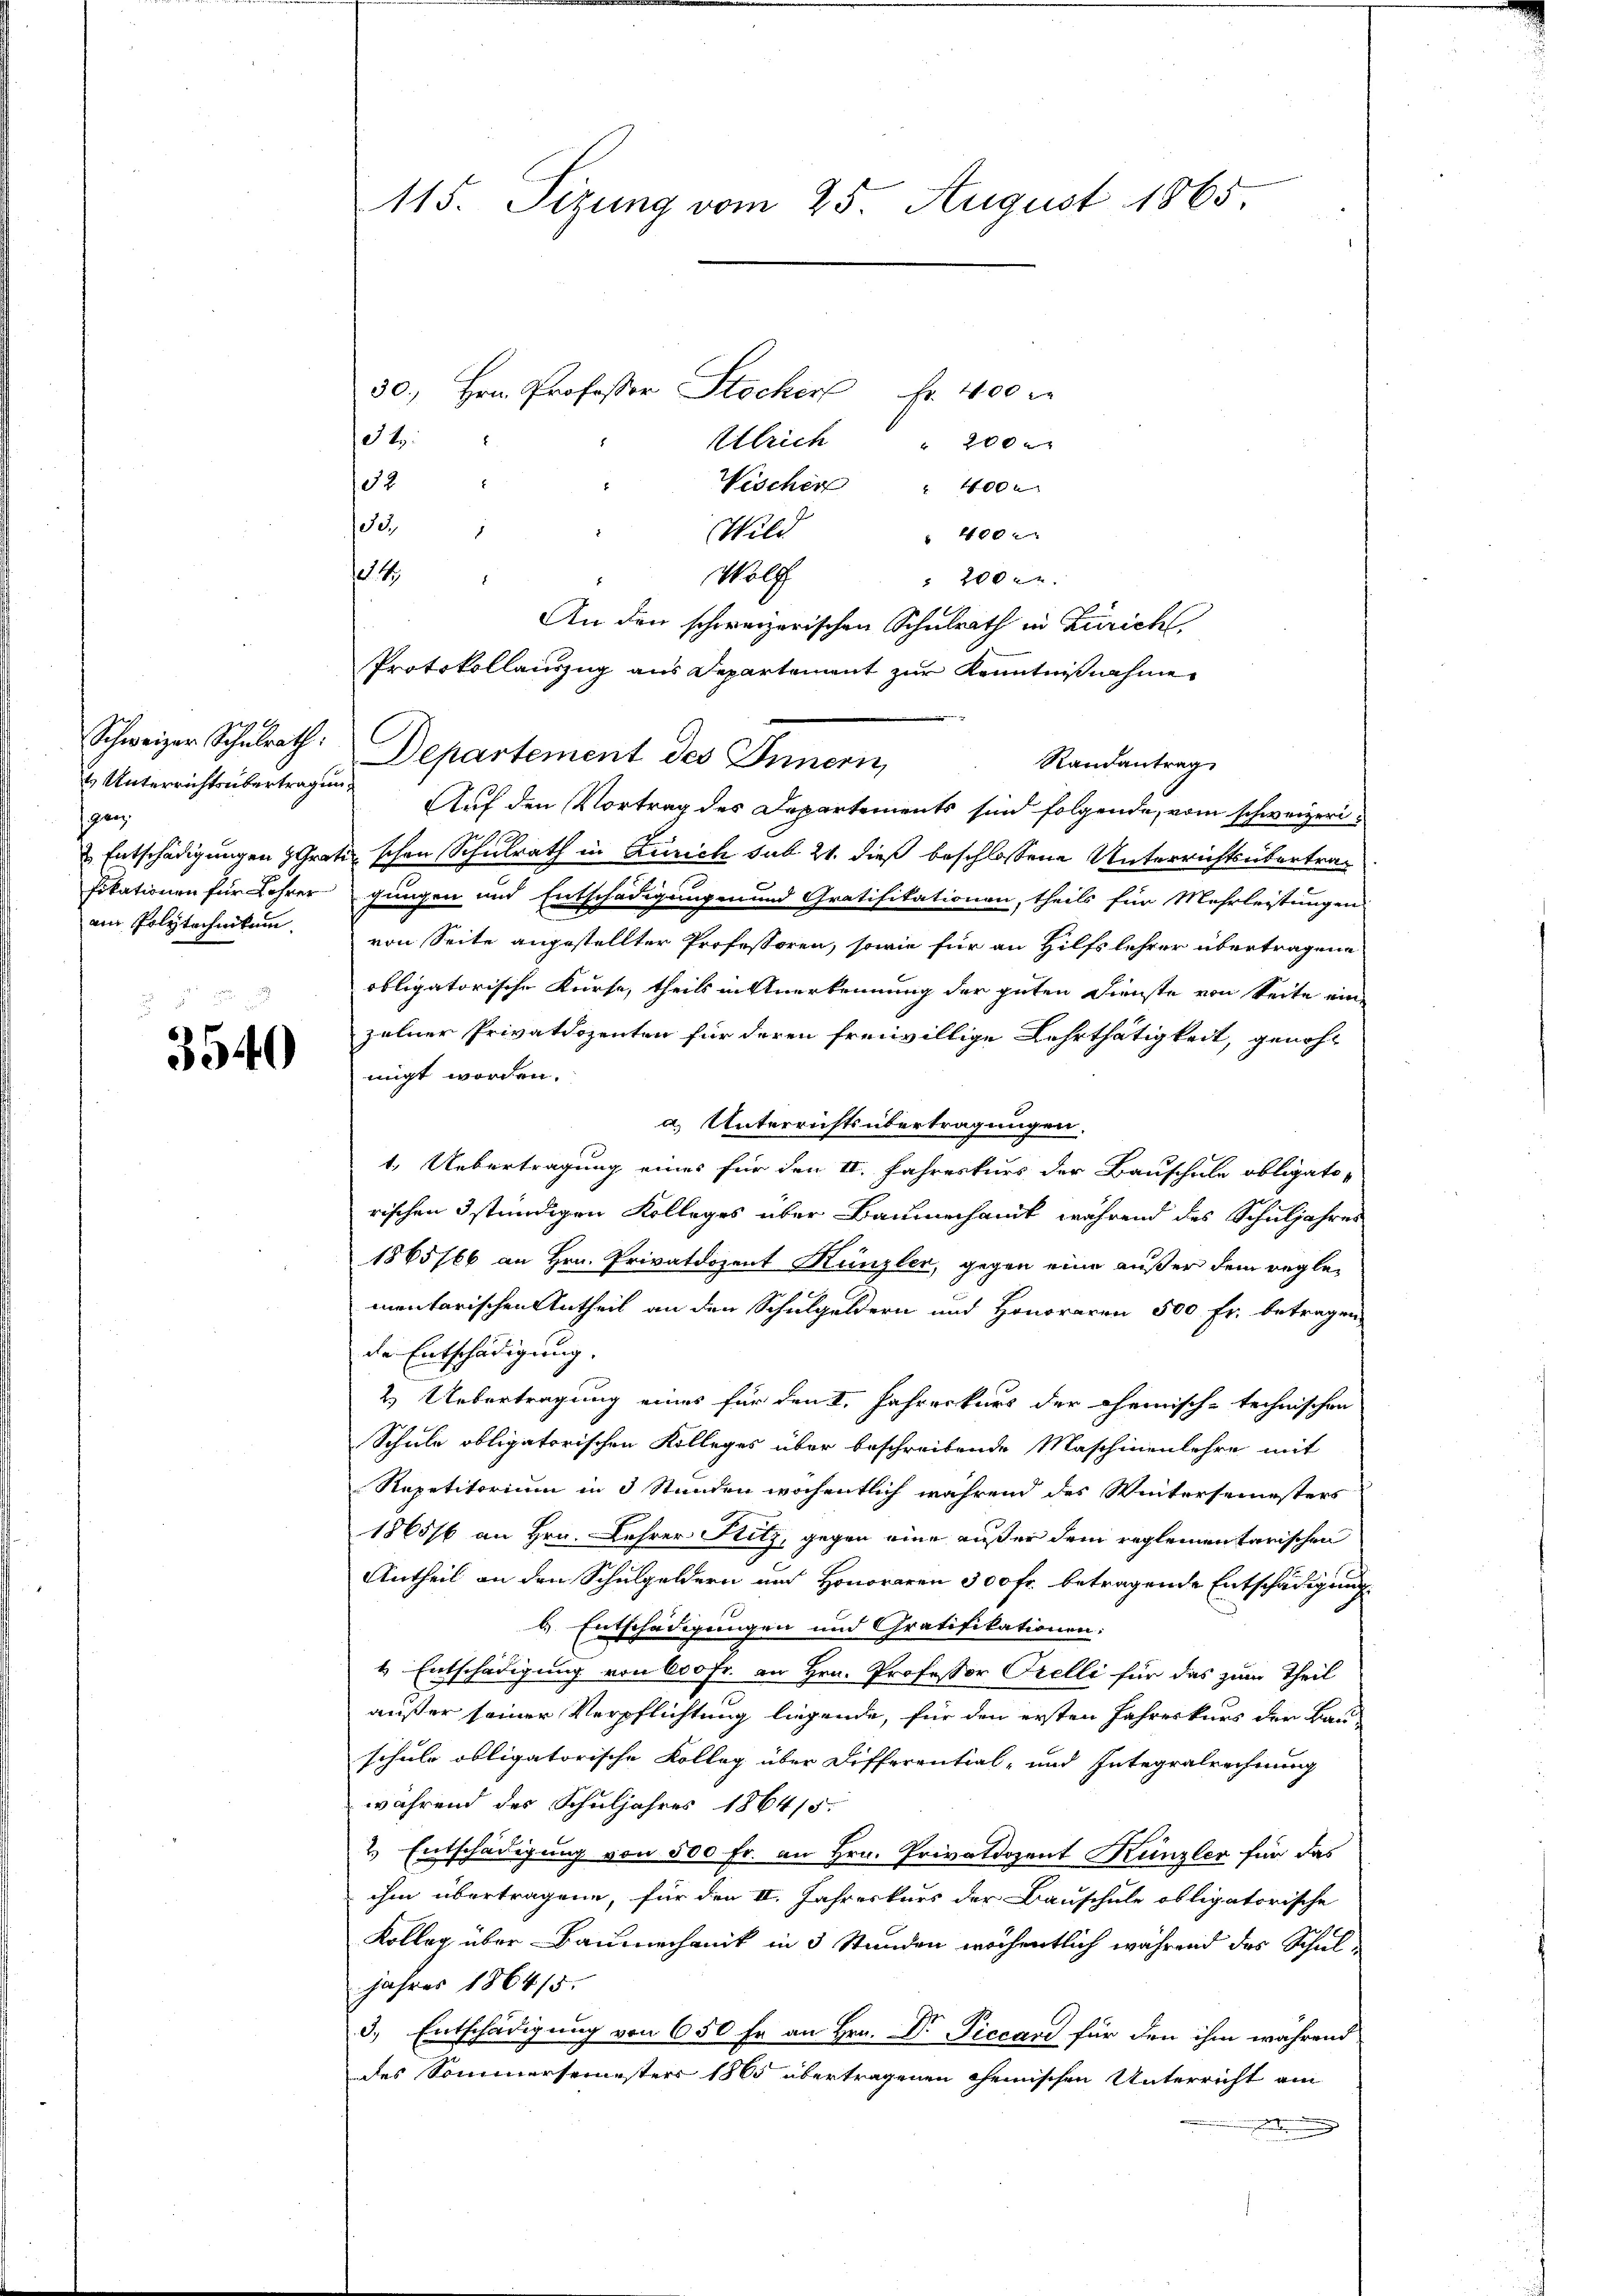
Unterrichtsübertragung
panz.
fikationen für Lehrer
ain Polytechnikum.

3540

115. Sizung vom 25. August 1865.

30., Hrn. Professor Stocker Fr. 400 M
St.
Ulrich " 200
E
52
Vischen " 400.
Se.
.
Wild
 400
14
Möll
 200 l.
An den schweizerischen Schulrath in Zürich
Protokollauszug aus Departement zur Kenntnißnahme
Schweizer Schulrath. Departement des Innern,
Randantrag
Auf den Vortrag des Departements sind folgende, vom schweizeri¬
 Entschädigungen Gratischen Schulrath in Zürich sub 21. dieß beschlossene Unterrichtsübertrag
gungen und Entschädigungen und Gratifikationen, theils für Mehrleistungen
von Seite angestellter Professoren, sowie für an Hilfslehrer übertragene
obligatorische Kurse, theils in Anerkennung der guten Dienste von Seite ein
zelner Privatdozenten für deren freiwillige Lehrthätigkeit, genohmigt worden.
a) Unterrichtsübertragungen.
1. Uebertragung eines für den II. Jahreskurs der Bauschule obligatorischen stündigen Kolleges über Baumechant während des Schuljahres
1865/66 an Hrn. Privatdozent Hunzler, gegen eine außer dem reglementarischen Antheil an den Schulgeldern und Honoraren 500 Fr. betragen
de Entschädigung.
2.) Uebertragung eines für den I. Jahreskurs der Chemisch-technischen
Schule obligatorischen Kolleges über beschreibende Maschinenlehre mit
Repetitorium in 3 Stunden wochentlich während des Wintersemesters
1865/6 an Hrn. Lehrer Ritz, gegen eine außer dem reglementarischen
Antheil an den Schulgeldern und Honoraren 300 fr. betragende Entschädigung
b. Entschädigungen und Gratifikationen:
1 Entschädigung von 600 Fr. an Hrn. Professor Orelli für das zum Theil
außer seiner Verpflichtung liegende, für den ersten Jahreskurs der Bau-
schule obligatorische Kolleg über Differential- und Integralrechnung
während der Schuljahres 186415.
2.) Entschädigung von 500 Fr. an Hrn. Privatdozent Künzler für das
ihm übertragene, für den II. Jahreskurs der Bauschule obligatorische
Kolleg über Baumechanik in 3 Stunden wöchentlich während des Schuljahres 1864/5.
3., Entschädigung von 650 fr an Hrn. Dr. Piccani für den ihm während
des Sommersemesters 1865 übertragenen Chemischen Unterricht am
nederung